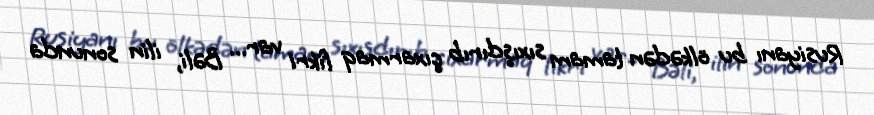
Rusiyanı bu ölkədən tamam sıxışdırıb çıxarmaq fikri var... Bəli, ilin sonunda